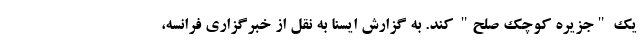
یک "جزیره کوچک صلح" کند. به گزارش ایسنا به نقل از خبرگزاری فرانسه،